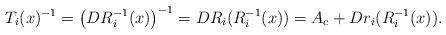
LaTeX: \begin{align*}T_i(x)^{-1} = \left( DR_i^{-1}(x) \right)^{-1} = DR_i(R_i^{-1}(x)) = A_c + Dr_i(R_i^{-1}(x)).\end{align*}